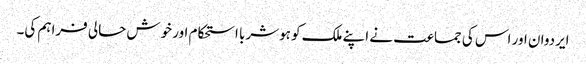
ایردوان اور اس کی جماعت نے اپنے ملک کو ہوشربا استحکام اور خوش حالی فراہم کی۔